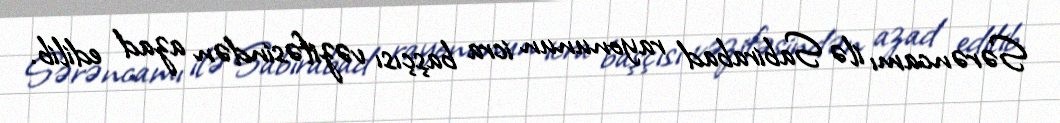
Sərəncamı ilə Sabirabad rayonunun icra başçısı vəzifəsindən azad edilib.